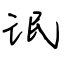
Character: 氓